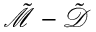
\tilde { \mathcal { M } } - \tilde { \mathcal { D } }